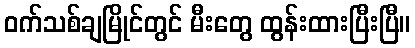
ဝက်သစ်ချမြိုင်တွင် မီးတွေ ထွန်းထားပြီးပြီ။